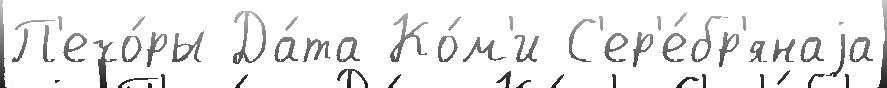
П'ечо́ры Да́та Ко́м'и С'ер'е́бр'янаjа